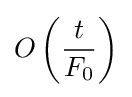
O\left({\dfrac {t}{F_{0}}}\right)